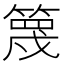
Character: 篾